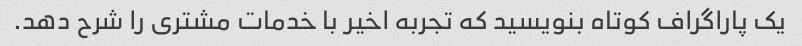
یک پاراگراف کوتاه بنویسید که تجربه اخیر با خدمات مشتری را شرح دهد.